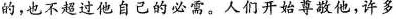
的，也不超过他自己的必需。人们开始尊敬他，许多